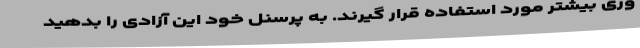
وری بیشتر مورد استفاده قرار گیرند. به پرسنل خود این آزادی را بدهید